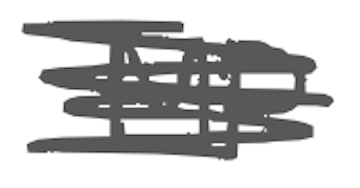
Text: MP
Cross-out: scratch
Writing tool: digital_gray